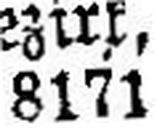
8171